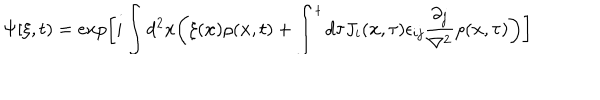
\Psi [ \xi , t ) = e x p \biggl [ i \int d ^ { 2 } x \biggl ( \xi ( { \bf x } ) \rho ( { \bf x } , t ) + \int ^ { t } d \tau J _ { i } ( { \bf x } , \tau ) \epsilon _ { i j } { \frac { \partial _ { j } } { \nabla ^ { 2 } } } \rho ( { \bf x } , \tau ) \biggr ) \biggl ]